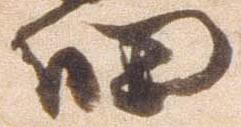
細